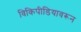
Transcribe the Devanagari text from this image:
विकिपीडियावरून